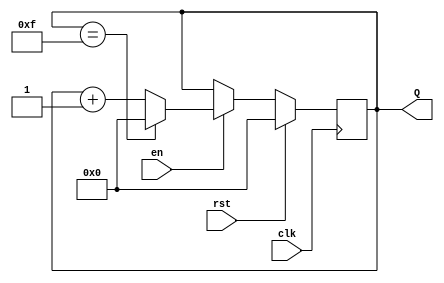
module up_counter_with_enable (
    input wire clk,      // Clock input
    input wire en,       // Enable input
    input wire rst,      // Synchronous reset input
    output reg [3:0] Q   // 4-bit output for count value
);

    // Maximum count value for a 4-bit counter
    localparam MAX_COUNT = 4'b1111; // 15 in decimal

    // Always block for synchronous operation
    always @(posedge clk) begin
        if (rst) begin
            // Reset the counter to 0
            Q <= 4'b0000;
        end else if (en) begin
            // Increment the counter if enabled
            if (Q == MAX_COUNT) begin
                Q <= 4'b0000; // Wrap around to 0
            end else begin
                Q <= Q + 1; // Increment the counter
            end
        end
        // If en is low, Q retains its value (no action needed)
    end

endmodule